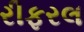
રીફરલ